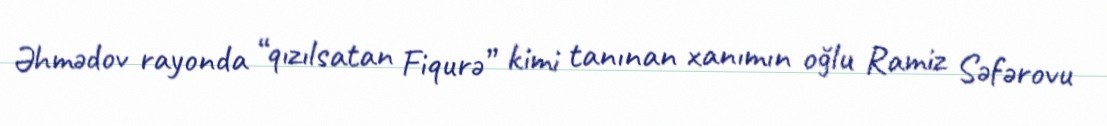
Əhmədov rayonda “qızılsatan Fiqurə” kimi tanınan xanımın oğlu Ramiz Səfərovu